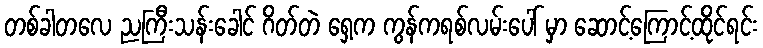
တစ်ခါတလေ ညကြီးသန်းခေါင် ဂိတ်တဲ ရှေ့က ကွန်ကရစ်လမ်းပေါ် မှာ ဆောင့်ကြောင့်ထိုင်ရင်း